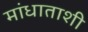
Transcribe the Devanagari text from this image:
मांधाताशी